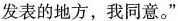
发表的地方，我同意。”